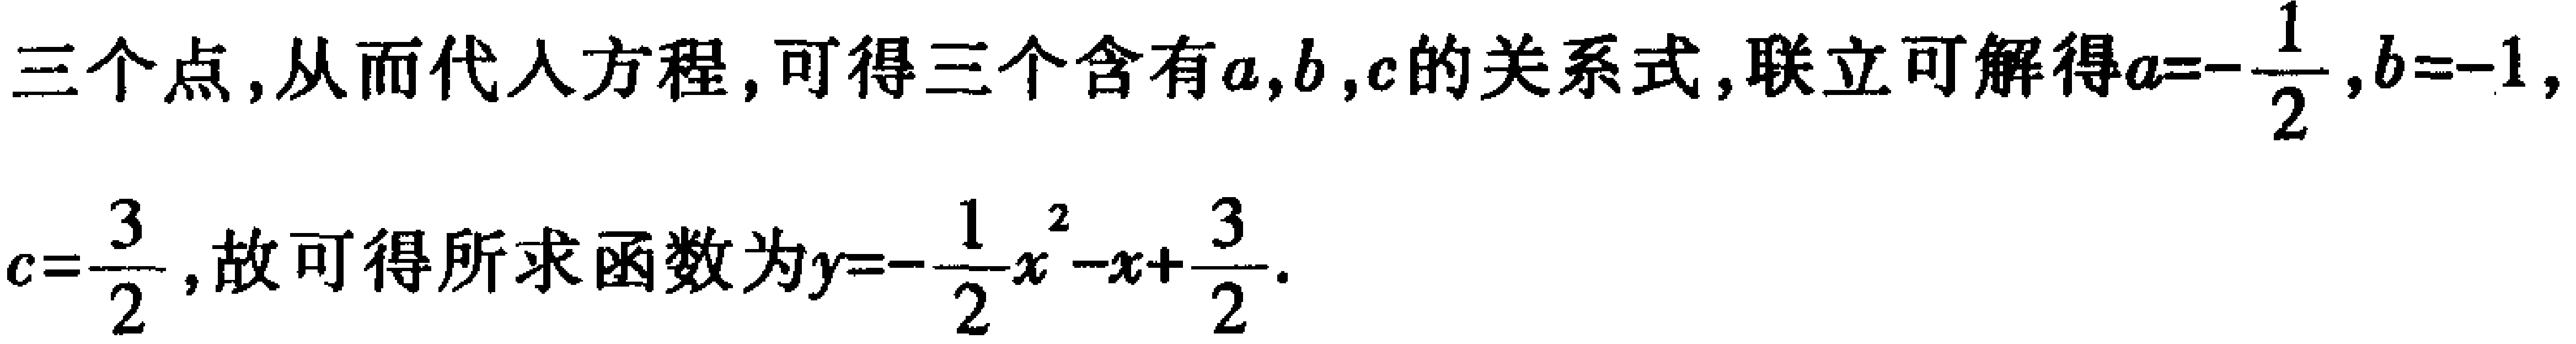
三个点, 从而代人方程, 可得三个含有\(a,b,c\)的关系式, 联立可解得\(a = -\frac{1}{2},b = - 1,\)
\(c=\frac{3}{2}\), 故可得所求函数为\(y = -\frac{1}{2}x^{2}-x+\frac{3}{2}\).